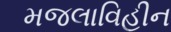
મજલાવિહીન